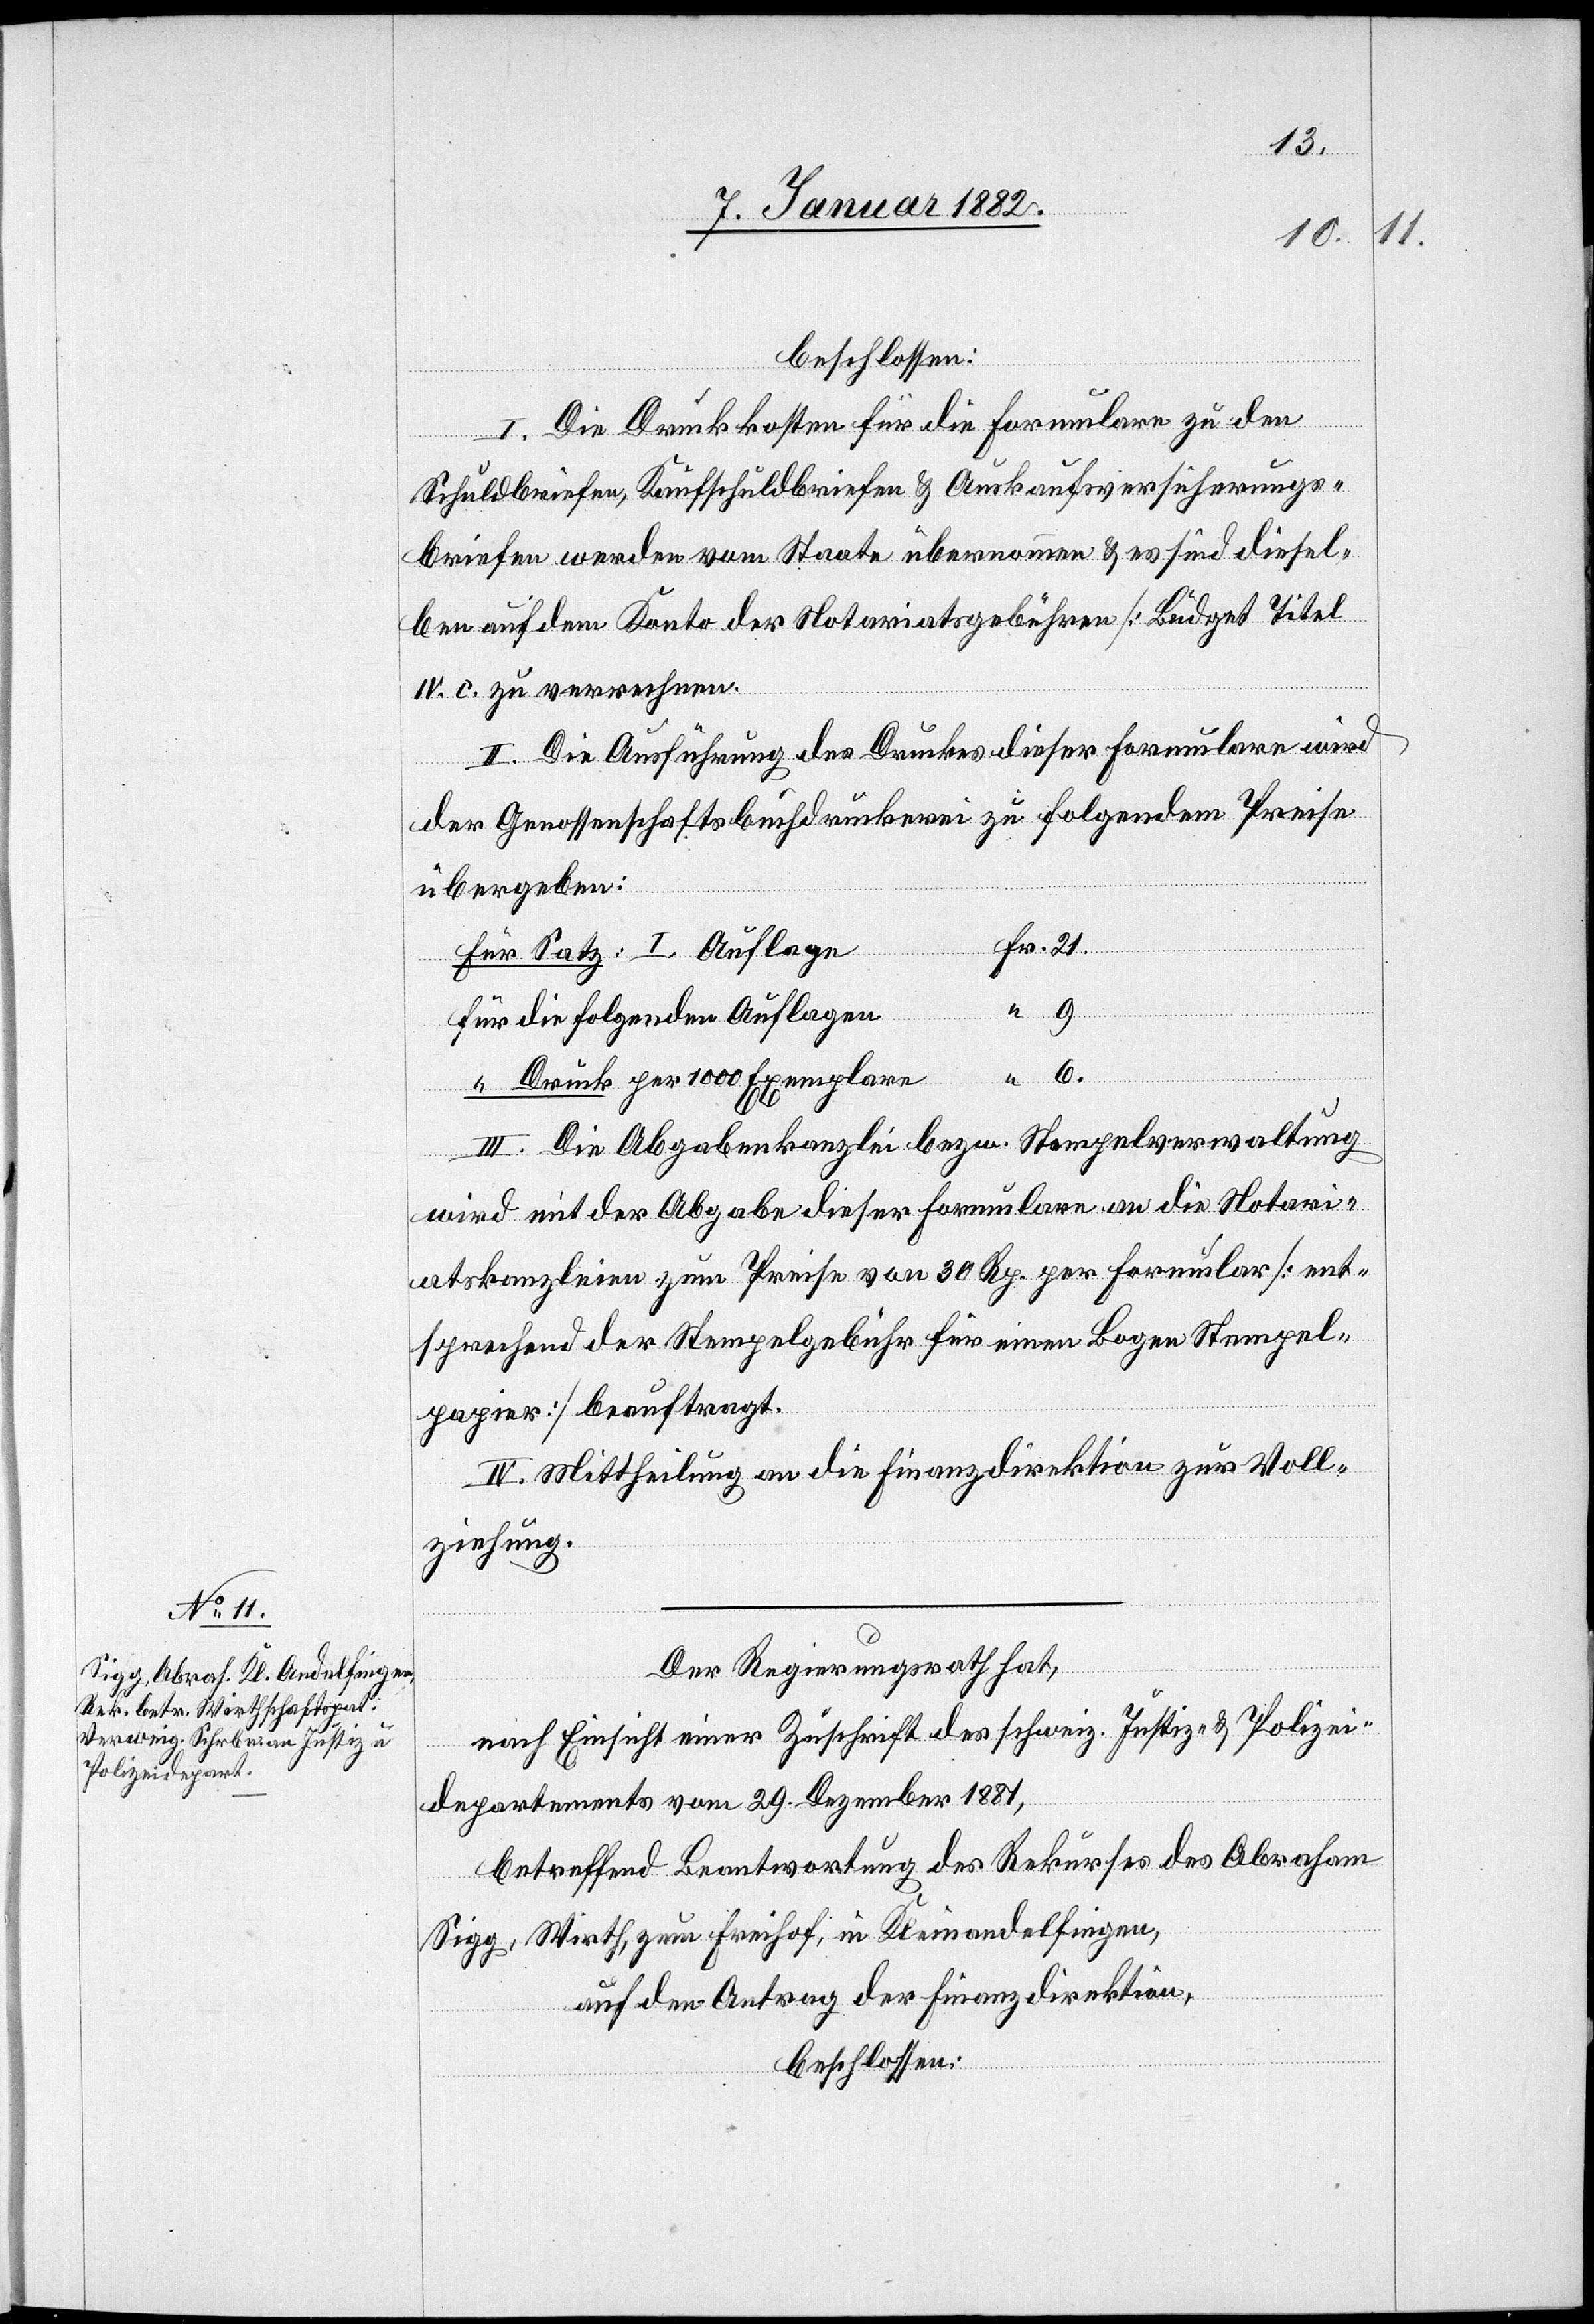
beschlossen:
I. Die Druckkosten für die Formulare zu den
Schuldbriefen, Kaufschuldbriefen & Auskaufsversicherungs¬
briefen werden vom Staate übernommen & es sind diesel¬
ben auf dem Konto der Notariatsgebühren [Budget Titel
e	Fr.
IV. c. zu verrechnen.
II. Die Ausführung des Druckes dieser Formulare wird
der Genossenschaftsbuchdruckerei zu folgendem Preise
übergeben:
Für Satz: I. Auflag¬
21
für die folgenden Auflagen
“ 6.
“
“ Druck per 1000 Exemplare
III. Die Abgabenkanzlei bezw. Stempelverwaltung
wird mit der Abgabe dieser Formulare an die Notari¬
atskanzleien zum Preise von 30 Rp. per Formular [ent¬
sprechend der Stempelgebühr für einen Bogen Stempel¬
papier] beauftragt.
IV. Mittheilung an die Finanzdirektion zur Voll¬
ziehung.
Der Regierungsrath hat,
nach Einsicht einer Zuschrift des schweiz. Justiz- & Polizei¬
departements vom 29. Dezember 1881,
betreffend Beantwortung des Rekurses des Abraham
Sigg, Wirth, zum Freihof, in Kleinandelfingen,
auf den Antrag der Finanzdirektion,
beschlossen: